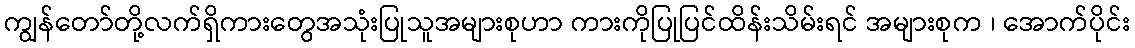
ကျွန်တော်တို့လက်ရှိကားတွေအသုံးပြုသူအများစုဟာ ကားကိုပြုပြင်ထိန်းသိမ်းရင် အများစုက ၊ အောက်ပိုင်း